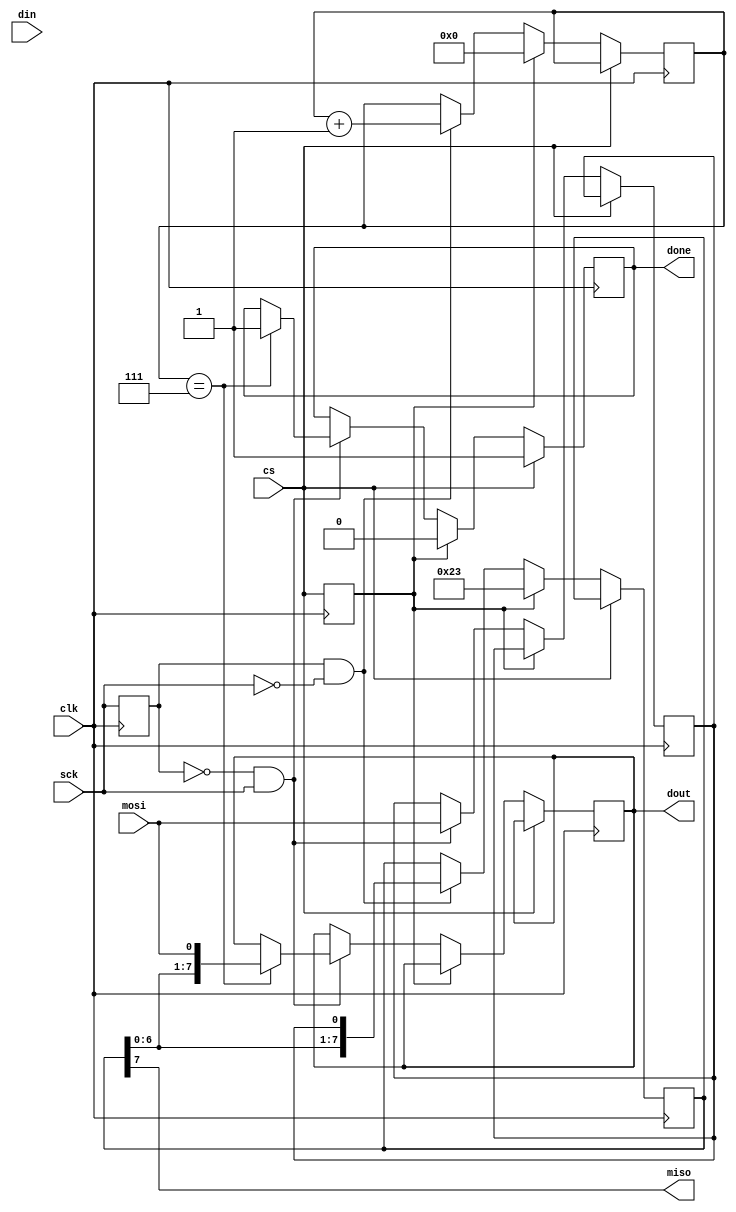
module spi_slave_simpler2(clk, cs, mosi, miso, sck, done, din, dout);
	parameter bc=8;	
	input clk;
	input cs;	
	input mosi;
	output miso;
	input sck;
	output reg done;
	input [bc-1:0] din;
	output reg [bc-1:0] dout;
	reg [bc-1:0] shift_reg;
	reg prev_cs, prev_sck;
	reg mosi_sample;
	reg [7:0] shift_count;
	assign miso = shift_reg[bc-1];
	always @(posedge clk) begin
		if (~cs) begin
			if (prev_cs) begin
				done <= 0;
				shift_reg[bc-1:0] <= 8'h23; 
				shift_count <= 0;
			end else begin
				if (~prev_sck && sck) begin
					mosi_sample <= mosi;
					if (shift_count == bc-1) begin
						dout <= {shift_reg[bc-2:0], mosi};
						done <= 1;
					end
				end 
				if (prev_sck && ~sck) begin
					shift_reg[bc-1:0] <= {shift_reg[bc-2:0], mosi_sample};
					shift_count <= shift_count + 1;
				end
			end
		end else begin
			done <= 1;
		end
		prev_cs <= cs;
		prev_sck <= sck;
	end
endmodule